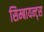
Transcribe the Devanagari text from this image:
सिम्बायन्ट्स